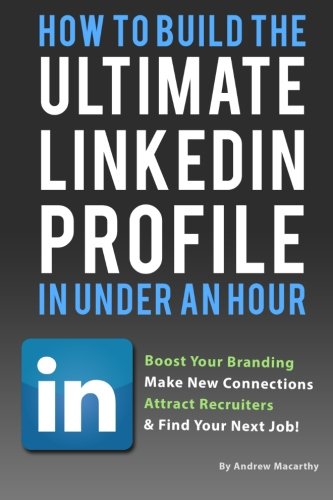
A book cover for How To Build the ULTIMATE LinkedIn Profile In Under An Hour: Boost Your Branding; Andrew Macarthy; Computers & Technology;